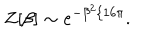
LaTeX: Z [ \beta ] \sim e ^ { - \beta ^ { 2 } / 1 6 \pi } .